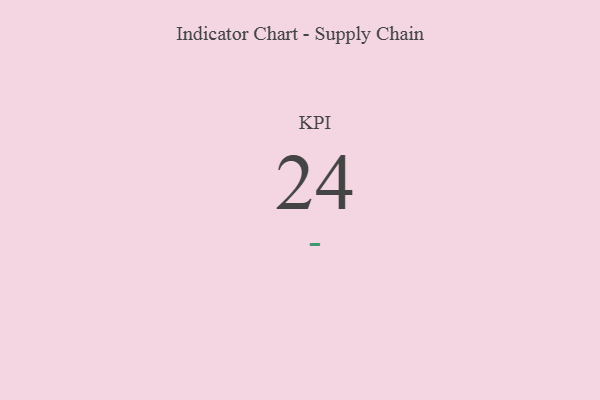
{"axis": {"x": "KPI", "y": "Value"}, "legend": [""], "data": [{"x": "KPI", "y": 24, "type": ""}]}